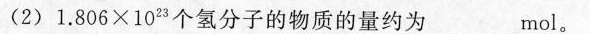
(2)1.806\times10^{23}个氢分子的物质的量约为_mol。